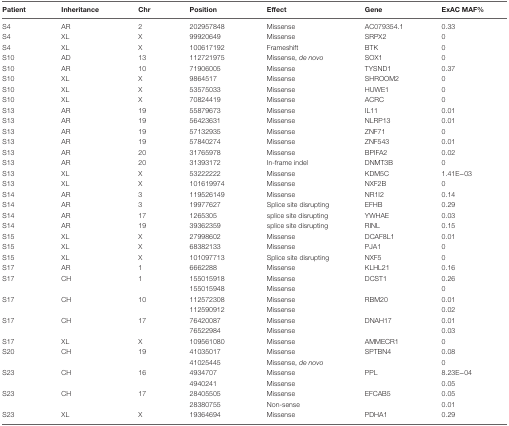
<table><thead><tr><td><b>Patient</b></td><td><b>Inheritance</b></td><td><b>Chr</b></td><td><b>Position</b></td><td><b>Effect</b></td><td><b>Gene</b></td><td><b>ExAC MAF%</b></td></tr></thead><tbody><tr><td>S4</td><td>AR</td><td>2</td><td>202957848</td><td>Missense</td><td>AC079354.1</td><td>0.33</td></tr><tr><td>S4</td><td>XL</td><td>X</td><td>99920649</td><td>Missense</td><td>SRPX2</td><td>0</td></tr><tr><td>S4</td><td>XL</td><td>X</td><td>100617192</td><td>Frameshift</td><td>BTK</td><td>0</td></tr><tr><td>S10</td><td>AD</td><td>13</td><td>112721975</td><td>Missense, <i>de novo</i></td><td>SOX1</td><td>0</td></tr><tr><td>S10</td><td>AR</td><td>10</td><td>71906005</td><td>Missense</td><td>TYSND1</td><td>0.37</td></tr><tr><td>S10</td><td>XL</td><td>X</td><td>9864517</td><td>Missense</td><td>SHROOM2</td><td>0</td></tr><tr><td>S10</td><td>XL</td><td>X</td><td>53575033</td><td>Missense</td><td>HUWE1</td><td>0</td></tr><tr><td>S10</td><td>XL</td><td>X</td><td>70824419</td><td>Missense</td><td>ACRC</td><td>0</td></tr><tr><td>S13</td><td>AR</td><td>19</td><td>55879673</td><td>Missense</td><td>IL11</td><td>0.01</td></tr><tr><td>S13</td><td>AR</td><td>19</td><td>56423631</td><td>Missense</td><td>NLRP13</td><td>0.01</td></tr><tr><td>S13</td><td>AR</td><td>19</td><td>57132935</td><td>Missense</td><td>ZNF71</td><td>0</td></tr><tr><td>S13</td><td>AR</td><td>19</td><td>57840274</td><td>Missense</td><td>ZNF543</td><td>0.01</td></tr><tr><td>S13</td><td>AR</td><td>20</td><td>31765978</td><td>Missense</td><td>BPIFA2</td><td>0.02</td></tr><tr><td>S13</td><td>AR</td><td>20</td><td>31393172</td><td>In-frame indel</td><td>DNMT3B</td><td>0</td></tr><tr><td>S13</td><td>XL</td><td>X</td><td>53222222</td><td>Missense</td><td>KDM5C</td><td>1.41E−03</td></tr><tr><td>S13</td><td>XL</td><td>X</td><td>101619974</td><td>Missense</td><td>NXF2B</td><td>0</td></tr><tr><td>S14</td><td>AR</td><td>3</td><td>119526149</td><td>Missense</td><td>NR1I2</td><td>0.14</td></tr><tr><td>S14</td><td>AR</td><td>3</td><td>19977627</td><td>Splice site disrupting</td><td>EFHB</td><td>0.29</td></tr><tr><td>S14</td><td>AR</td><td>17</td><td>1265305</td><td>splice site disrupting</td><td>YWHAE</td><td>0.03</td></tr><tr><td>S14</td><td>AR</td><td>19</td><td>39362359</td><td>splice site disrupting</td><td>RINL</td><td>0.15</td></tr><tr><td>S15</td><td>XL</td><td>X</td><td>27998602</td><td>Missense</td><td>DCAF8L1</td><td>0.01</td></tr><tr><td>S15</td><td>XL</td><td>X</td><td>68382133</td><td>Missense</td><td>PJA1</td><td>0</td></tr><tr><td>S15</td><td>XL</td><td>X</td><td>101097713</td><td>Splice site disrupting</td><td>NXF5</td><td>0</td></tr><tr><td>S17</td><td>AR</td><td>1</td><td>6662288</td><td>Missense</td><td>KLHL21</td><td>0.16</td></tr><tr><td rowspan="2">S17</td><td rowspan="2">CH</td><td rowspan="2">1</td><td>155015918</td><td>Missense</td><td rowspan="2">DCST1</td><td>0.26</td></tr><tr><td>155015948</td><td>Missense</td><td>0</td></tr><tr><td rowspan="2">S17</td><td rowspan="2">CH</td><td rowspan="2">10</td><td>112572308</td><td>Missense</td><td rowspan="2">RBM20</td><td>0.01</td></tr><tr><td>112590912</td><td>Missense</td><td>0.02</td></tr><tr><td rowspan="2">S17</td><td rowspan="2">CH</td><td rowspan="2">17</td><td>76420087</td><td>Missense</td><td rowspan="2">DNAH17</td><td>0.01</td></tr><tr><td>76522984</td><td>Missense</td><td>0.03</td></tr><tr><td>S17</td><td>XL</td><td>X</td><td>109561080</td><td>Missense</td><td>AMMECR1</td><td>0</td></tr><tr><td rowspan="2">S20</td><td rowspan="2">CH</td><td rowspan="2">19</td><td>41035017</td><td>Missense</td><td rowspan="2">SPTBN4</td><td>0.08</td></tr><tr><td>41025445</td><td>Missense, <i>de novo</i></td><td>0</td></tr><tr><td rowspan="2">S23</td><td rowspan="2">CH</td><td rowspan="2">16</td><td>4934707</td><td>Missense</td><td rowspan="2">PPL</td><td>8.23E−04</td></tr><tr><td>4940241</td><td>Missense</td><td>0.05</td></tr><tr><td rowspan="2">S23</td><td rowspan="2">CH</td><td rowspan="2">17</td><td>28405505</td><td>Missense</td><td rowspan="2">EFCAB5</td><td>0.05</td></tr><tr><td>28380755</td><td>Non-sense</td><td>0.01</td></tr><tr><td>S23</td><td>XL</td><td>X</td><td>19364694</td><td>Missense</td><td>PDHA1</td><td>0.29</td></tr></tbody></table>